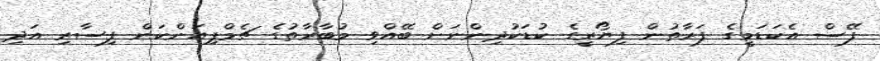
ފޭސް އެކަޑަމީގެ ފަރާތުން ފިޔޯރީގެ ކުޑަކުދިންނަށް ބޭއްވި މުބާރާތުގެ ޗެމްޕިއަންކަން ފިސާރި އަދި